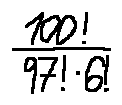
\frac { 1 0 0 ! } { 9 7 ! \cdot 6 ! }